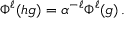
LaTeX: \Phi ^ { \ell } ( h g ) = \alpha ^ { - \ell } \Phi ^ { \ell } ( g ) \, .